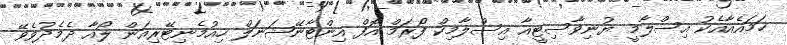
ހަމައެއާއެކު އިސްލާމީ ޔުނިވާސިޓީއާ އިސްލާމިކް ފޯރަމް އޮފް އިންޓާނޭޝަނަލް ހިއުމެނިޓޭރިއަން ލޯއާ ދެމެދުވެވޭ